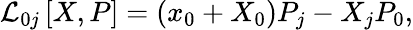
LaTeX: \mathcal{L}_{0j}\left[X,P\right]=\left(x_{0}+X_{0}\right)P_{j}-X_{j}P_{0},